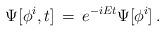
LaTeX: \begin{align*}\Psi[\phi^i , t]\, =\, e^{-iEt} \Psi [\phi^i]\, .\end{align*}